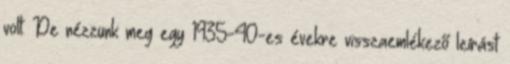
volt. De nézzünk meg egy 1935-40-es évekre visszaemlékező leírást